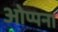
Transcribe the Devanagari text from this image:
ओप्पना